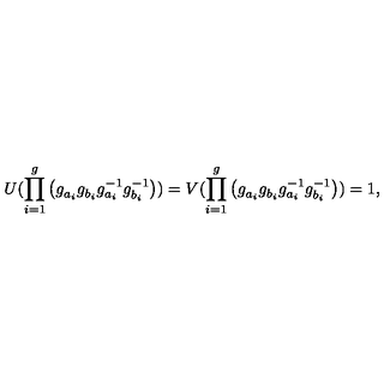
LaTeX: U ( \prod _ { i = 1 } ^ { g } \left( g _ { a _ { i } } ^ { } g _ { b _ { i } } ^ { } g _ { a _ { i } } ^ { - 1 } g _ { b _ { i } } ^ { - 1 } \right) ) = V ( \prod _ { i = 1 } ^ { g } \left( g _ { a _ { i } } ^ { } g _ { b _ { i } } ^ { } g _ { a _ { i } } ^ { - 1 } g _ { b _ { i } } ^ { - 1 } \right) ) = 1 ,